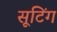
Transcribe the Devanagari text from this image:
सूटिंग